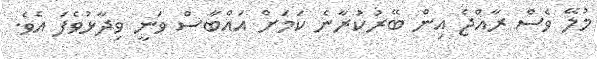
މުލޭ ވެސް ރާއްޖެ އިން ބޭރުކުރާނެ ކަމަށް އައްބާސް ވަނީ ވިދާޅުވެފަ އެވެ.